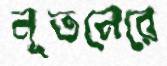
নূতনেরে